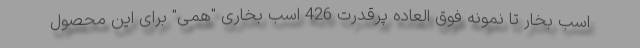
اسب بخار تا نمونه فوق العاده پرقدرت 426 اسب بخاری "همی" برای این محصول